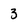
Character: 3